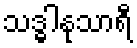
သဒ္ဓါနုသာရီ